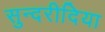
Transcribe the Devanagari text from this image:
सुन्दरीदिया